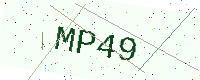
Text: MP49